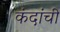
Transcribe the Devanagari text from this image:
कंदांची